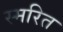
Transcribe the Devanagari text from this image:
स्मरित